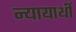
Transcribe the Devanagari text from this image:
न्यायार्थी